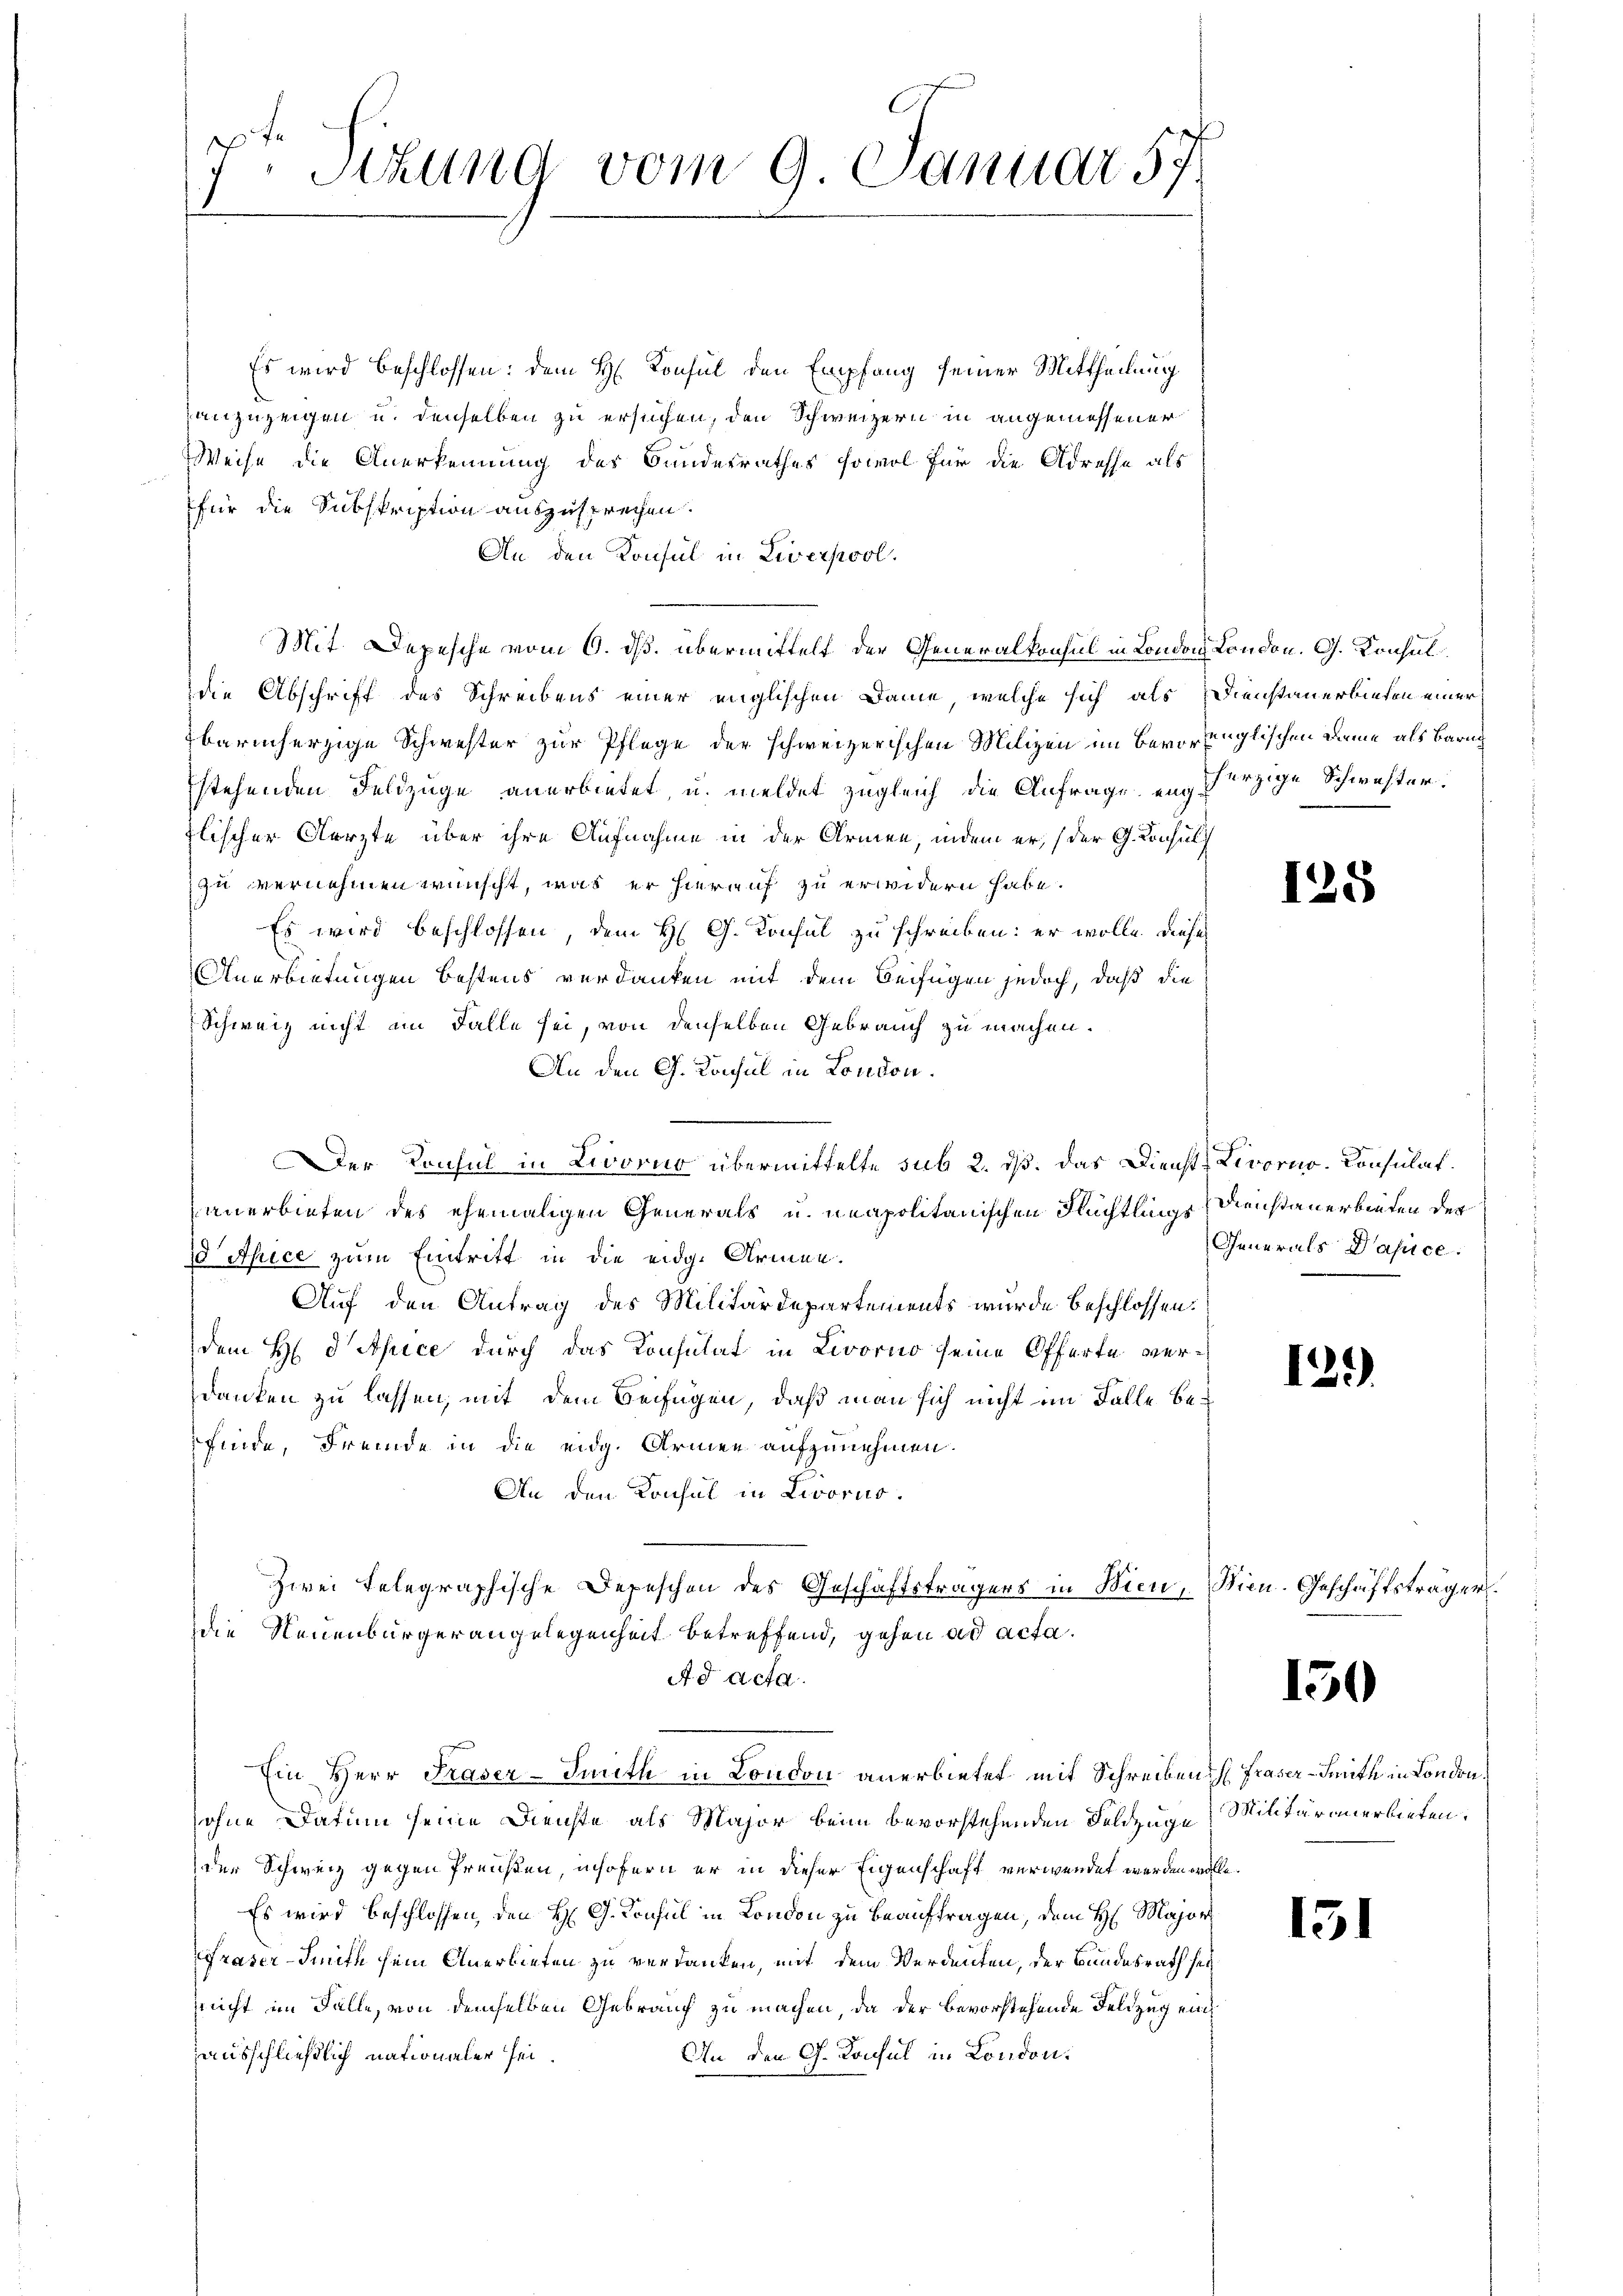
7. Sitzung vom 9. Januar 57

Es wird beschlossen: dem H. Konsul den Empfang seiner Mittheilung
anzuzeigen u. denselben zu ersuchen, den Schweizern in angemessener
Weise die Anerkennung des Bundesrathes sowol für die Adresse als
für die Subskription auszusprechen.
An den Konsul in Liverpool.
Mit. Depesche vom 6. ds. übermittelt der Generalkonsul in London London. G. Konsul
Die Abschrift des Schreibens einer englischen Dame, welche sich als Dienstauerbieten einer
Ibarmherzige Schwester zur Pflege der schweizerischen Milizei im Bevorringlischen Dame als Bern
stehenden Feldzüge anerbietet, u. meldet zugleich die Anfrage en herzige Schwester:
flischer Aerzte über ihre Aufnahme in der Armen, indem er, (der G. Konsul
zu vernehmen wünscht, was er hierauf zu erwidern habe.
Es wird beschlossen, dem H. G. Konsul zu schreiben: er wolle dieses
Anerbietungen bestens verdanken mit dem Beifügen jedoch, daß die
Schweiz nicht im Falle sei, von denselben Gebrauch zu machen.
An den G. Konsul in London.
Der Konsul in Livorno übermittelte sub 2. ds. Das Dienst- Livorno. Consulat
anerbieten des ehemaligen Generals u. neapolitanischen Flüchtlings Dienstanerbieten der
 Apice zum Eintritt in die eidg. Armen.
Auf den Antrag des Militärdepartements wurde beschlossen:
dem H P Apice durch das Konsulat in Livorno seine Offerte verdanken zu lassen, mit dem Beifügen, daß man sich nicht im Falle befinde, Fremde in die eidg. Armen aufzunehmen.
An den Konsul in Livorno.
Zwei telegraphische Depeschen des Geschäftsträgers in Wien, Wien. Geschäftsträger
die Neuenbürgerangelegenheit betreffend, gehen ad acta.
Ad acta

Ein Herr Praser-Sinith in London anerbietet mit Schreibens Fraser Smith in London,

sohne Datum seine Dienste als Major beim bevorstehenden Feldzüge Militäranerbieten.
der Schweiz gegen Preußen, insofern er in dieser Eigenschaft verwendet werden wolle.
Es wird beschlossen, den H. G. Konsul in London zu beauftragen, dem H: Major
raser-Imita sein Anerbieten zu verdanken, mit dem Verdenten, der Bundesrath seinicht im Falle, von demselben Gebrauch zu machen, da der bevorstehende Feldzug ein¬
An den G. Konsul in London.
ausschließlich nationaler sei.

125

Generals Dapice.

12.)

150

151